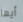
أيها